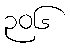
၃၀၆